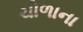
ચોળાના